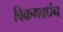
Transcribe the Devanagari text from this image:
विक्रमवर्धन